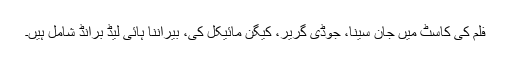
فلم کی کاسٹ میں جان سینا، جوڈی گریر، کیگن مائیکل کی، بیراننا ہائی لیڈ برانڈ شامل ہیں۔